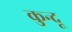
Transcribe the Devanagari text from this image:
कुन्दू